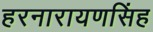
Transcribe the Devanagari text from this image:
हरनारायणसिंह